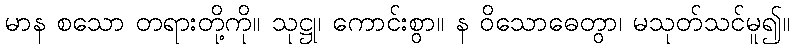
မာန စသော တရားတို့ကို။ သုဋ္ဌု၊ ကောင်းစွာ။ န ဝိသောဓေတွာ၊ မသုတ်သင်မူ၍။